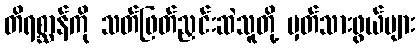
တိရစ္ဆာန်ကို သတ်ဖြတ်ညှင်းဆဲသူတို့ မှတ်သားဖွယ်များ